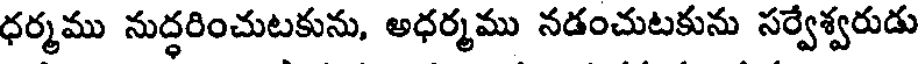
ధర్మము నుద్ధరించుటకును, అధర్మము నడంచుటకును సర్వేశ్వరుడు